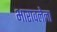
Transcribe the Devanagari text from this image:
भारावलेला